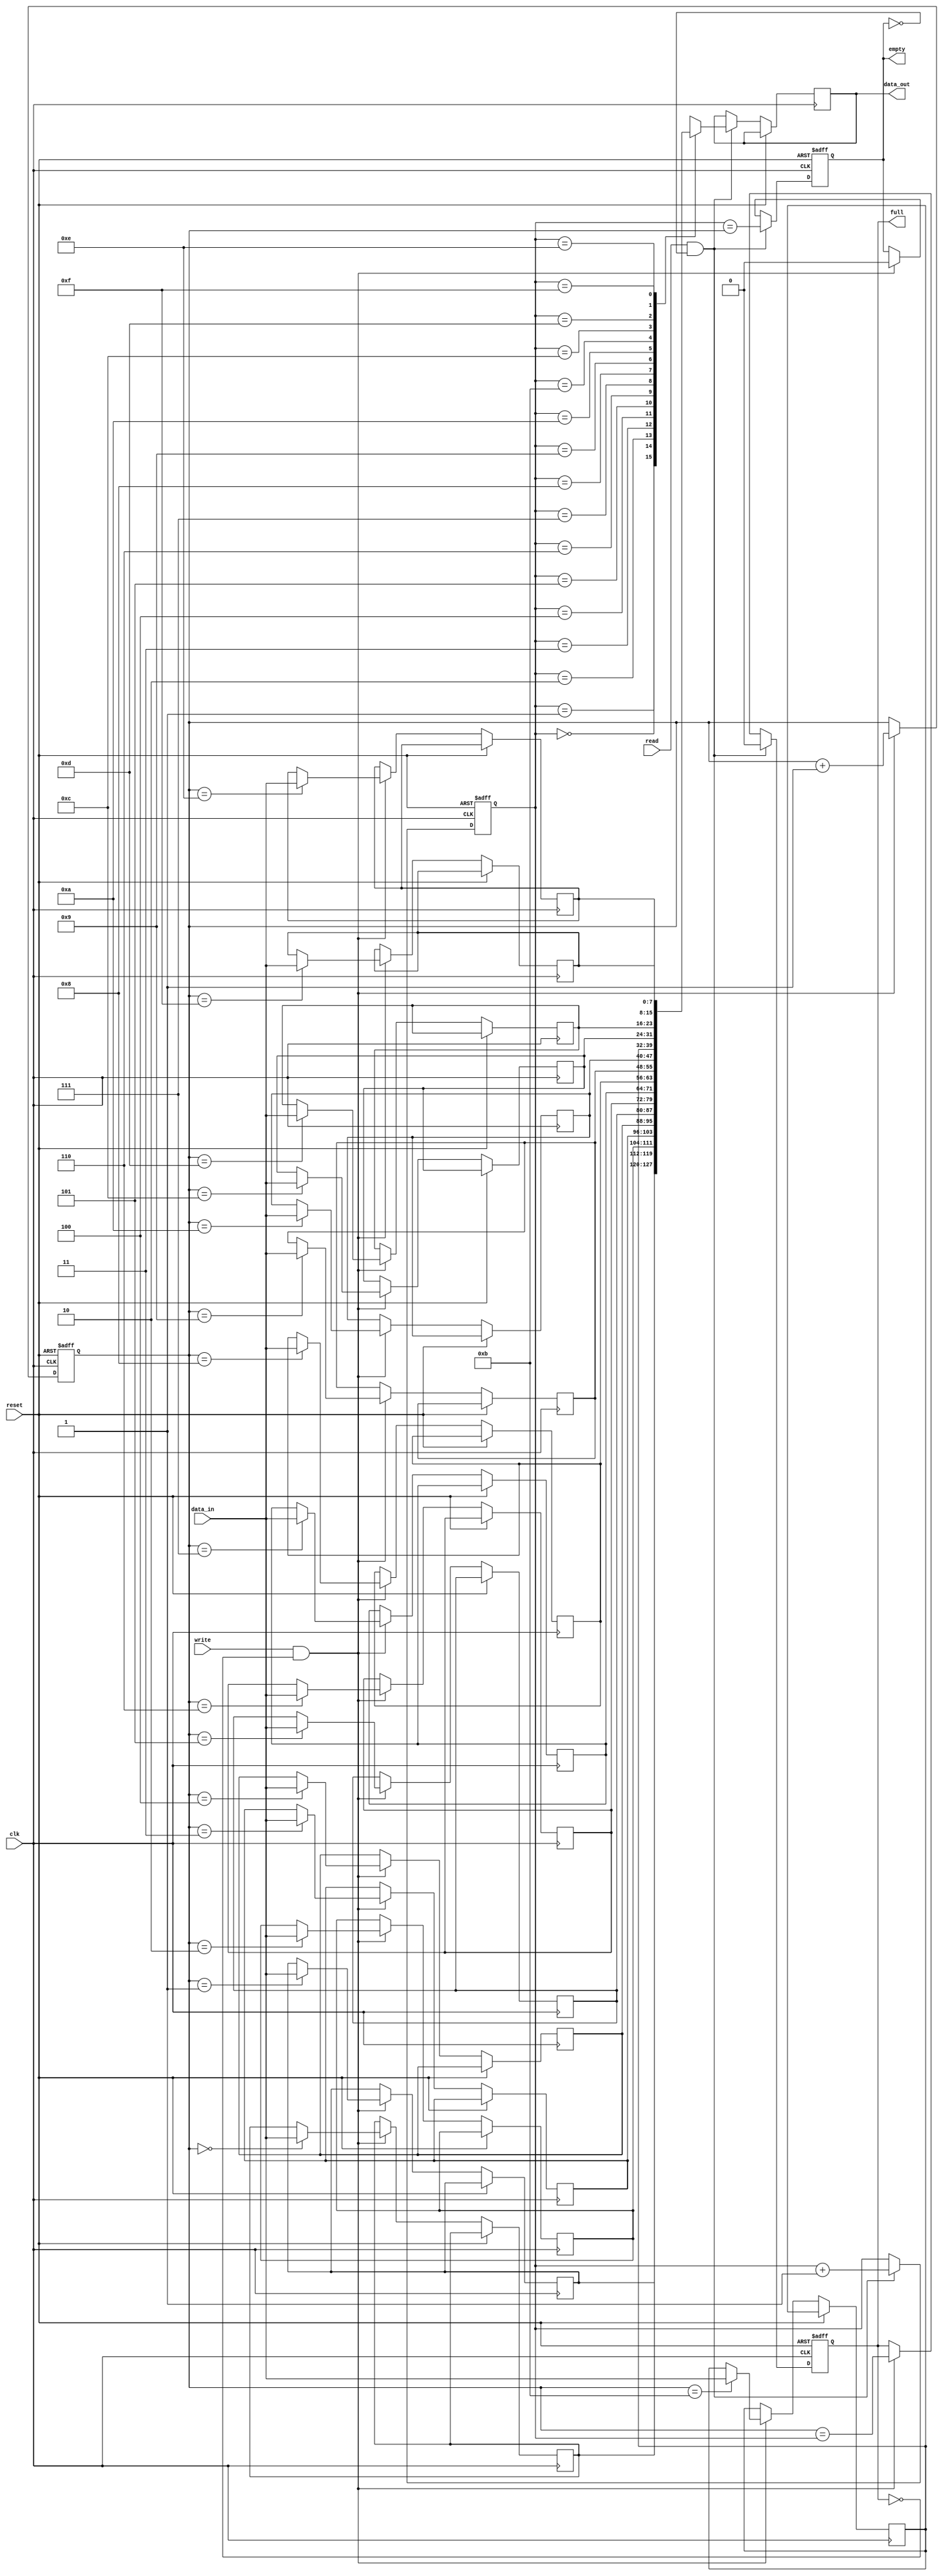
module gray_fifo (
    input wire clk,
    input wire reset,
    input wire write,
    input wire read,
    input wire [7:0] data_in,
    output reg [7:0] data_out,
    output reg full,
    output reg empty
);

reg [7:0] buffer [0:15];
reg [3:0] write_ptr;
reg [3:0] read_ptr;

always @(posedge clk or posedge reset) begin
    if (reset) begin
        write_ptr <= 4'b0000;
        read_ptr <= 4'b0000;
        full <= 1'b0;
        empty <= 1'b1;
    end else begin
        if (write && !full) begin
            buffer[write_ptr] <= data_in;
            write_ptr <= write_ptr + 4'b0001;
            full <= (write_ptr == read_ptr);
            empty <= 1'b0;
        end
        if (read && !empty) begin
            data_out <= buffer[read_ptr];
            read_ptr <= read_ptr + 4'b0001;
            empty <= (read_ptr == write_ptr);
            full <= 1'b0;
        end
    end
end

endmodule